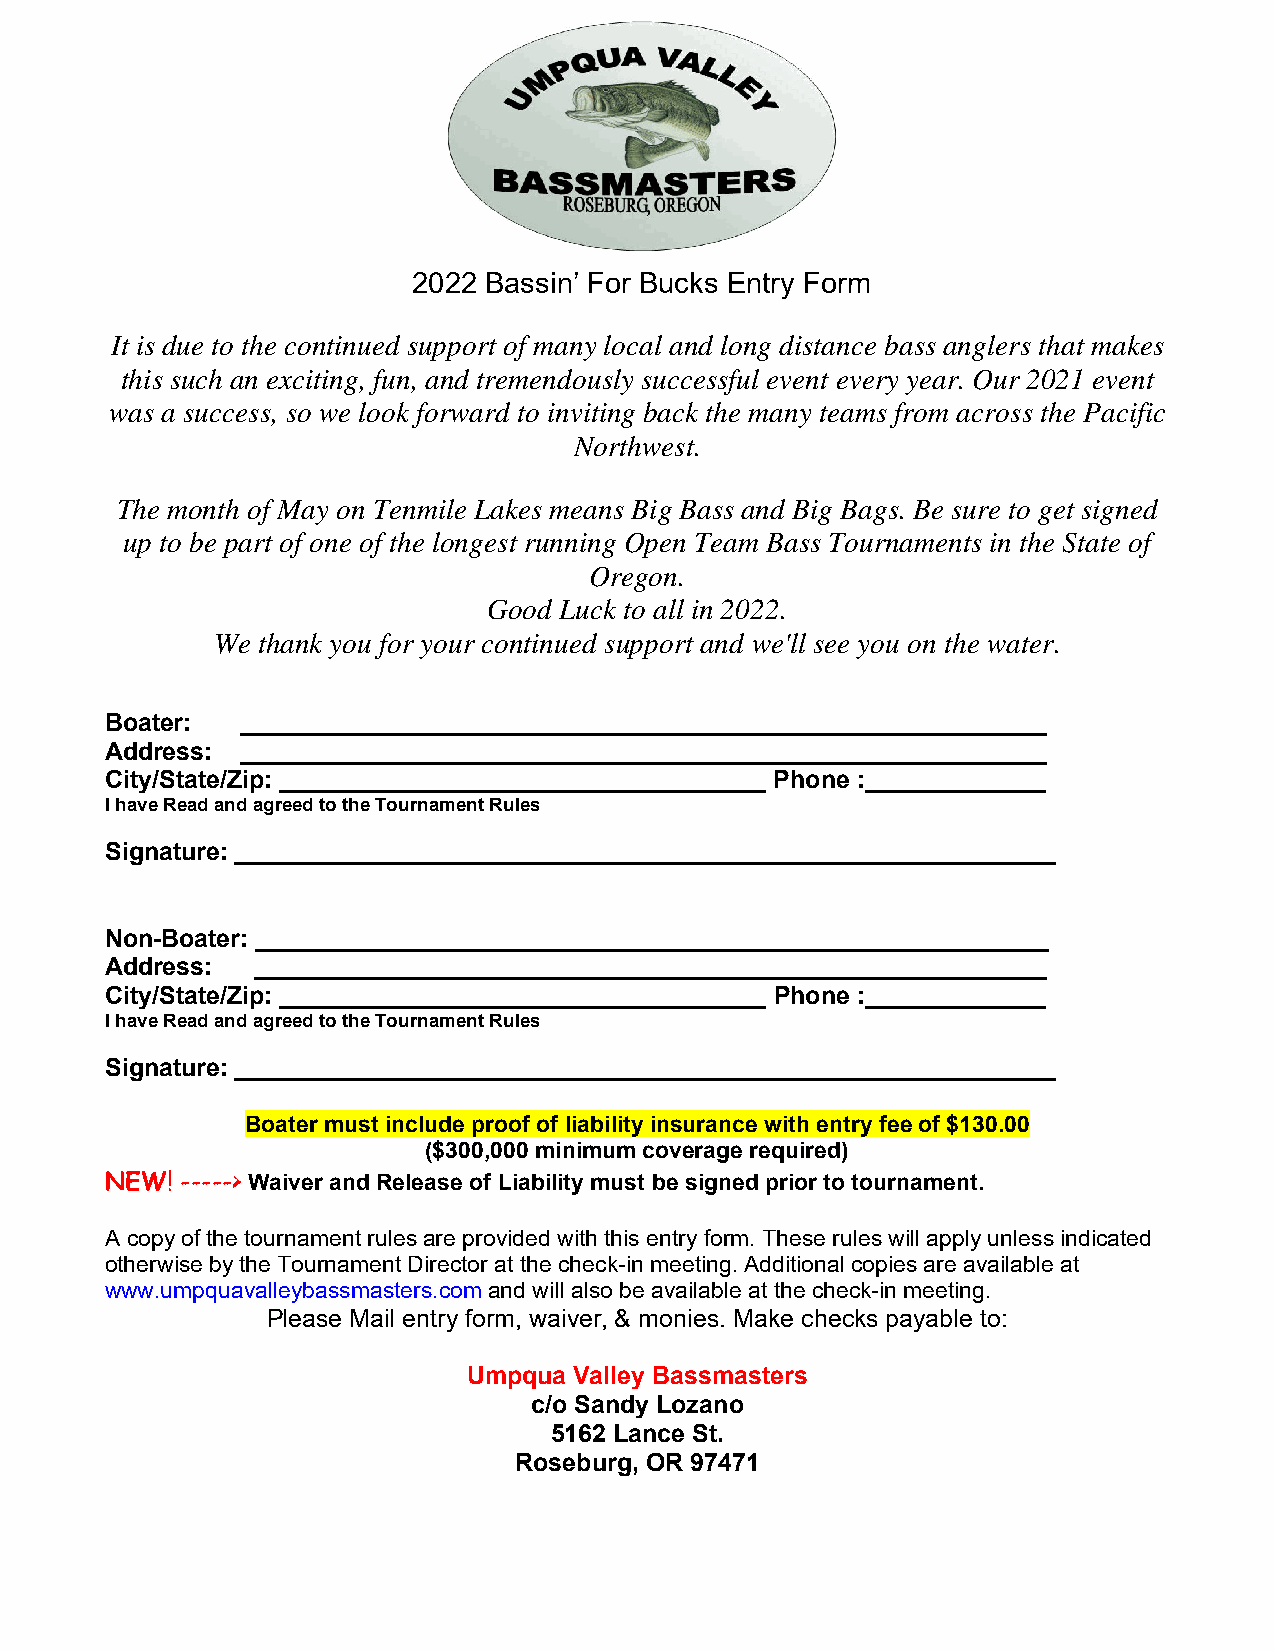
2022 Bassin’ For Bucks Entry Form
 It is due to the continued support of many local and long distance bass anglers that makes
 this such an exciting, fun, and tremendously successful event every year. Our 2021 event
 was a success, so we look forward to inviting back the many teams from across the Pacific
 Northwest.
 The month of May on Tenmile Lakes means Big Bass and Big Bags. Be sure to get signed
 up to be part of one of the longest running Open Team Bass Tournaments in the State of
 Oregon.
 Good Luck to all in 2022.
 We thank you for your continued support and we'll see you on the water.
 Boater:  __________________________________________________________
 Address: __________________________________________________________
 City/State/Zip: ___________________________________ Phone :_____________
 I have Read and agreed to the Tournament Rules
 Signature: ___________________________________________________________
 Non-Boater: _________________________________________________________
 Address:  _________________________________________________________
 City/State/Zip: ___________________________________ Phone :_____________
 I have Read and agreed to the Tournament Rules
 Signature: ___________________________________________________________
 Boater must include proof of liability insurance with entry fee of $130.00
 ($300,000 minimum coverage required)
 NEW! -----> Waiver and Release of Liability must be signed prior to tournament.
 A copy of the tournament rules are provided with this entry form. These rules will apply unless indicated
 otherwise by the Tournament Director at the check-in meeting. Additional copies are available at
 www.umpquavalleybassmasters.com and will also be available at the check-in meeting.
 Please Mail entry form, waiver, & monies. Make checks payable to:
 Umpqua Valley Bassmasters
 c/o Sandy Lozano
 5162 Lance St.
 Roseburg, OR 97471